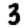
Digit: 3